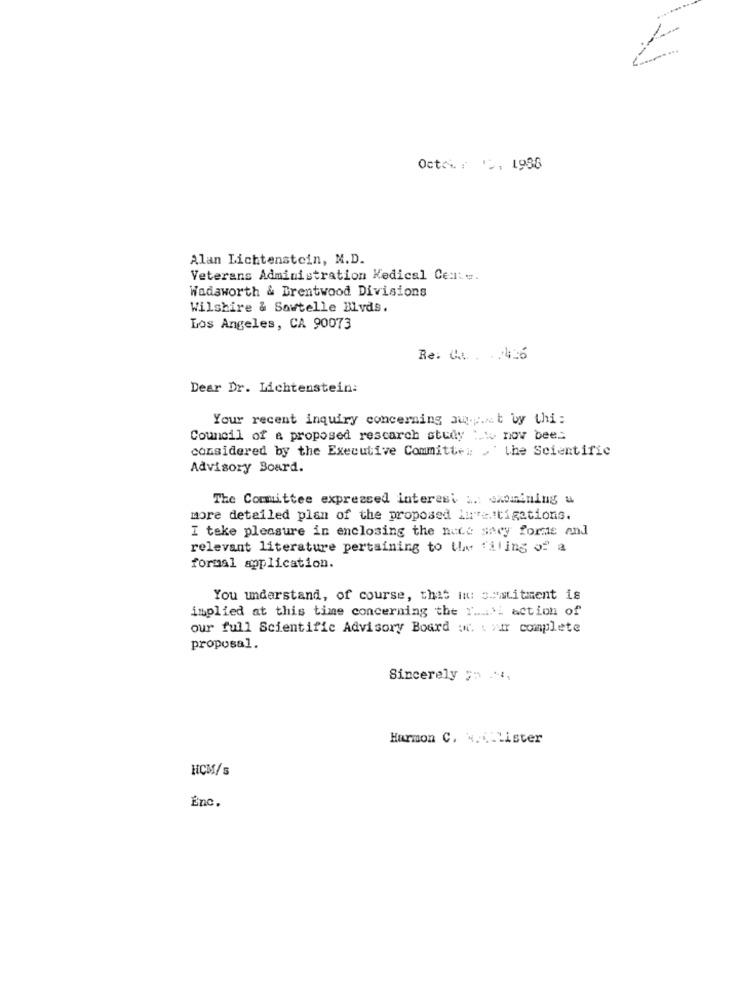
Octch : *, 1986
Alan Lichtenstein, M.D.
Veterans Administration Medical Cesty.
Wadsworth & Brentwood Divisions
Wilshire & Sawtelle Blvds.
Los Angeles, CA 90073
Re: Ca .. .: 425
Dear Dr. Lichtenstein:
Your recent inquiry concerning sup.it by thi:
Council of a proposed rescarch study :.: nov bees
considered by the Executive Committe: > the Scientific
Advisory Board.
The Committee expressed interest :.: oxomining u
more detailed plan of the proposed investigations.
I teke pleasure in enclosing the hutt sacy forme and
relevant literature pertaining to UM filing of a
formal application.
You understand, of course, that in: p"titment is
implied at this time concerning the " ...... action of
our full Scientific Advisory Board . wir complete
proposal.
Sincerely , .,
Harmon C. W .... Lister
HCM/s
Énc.